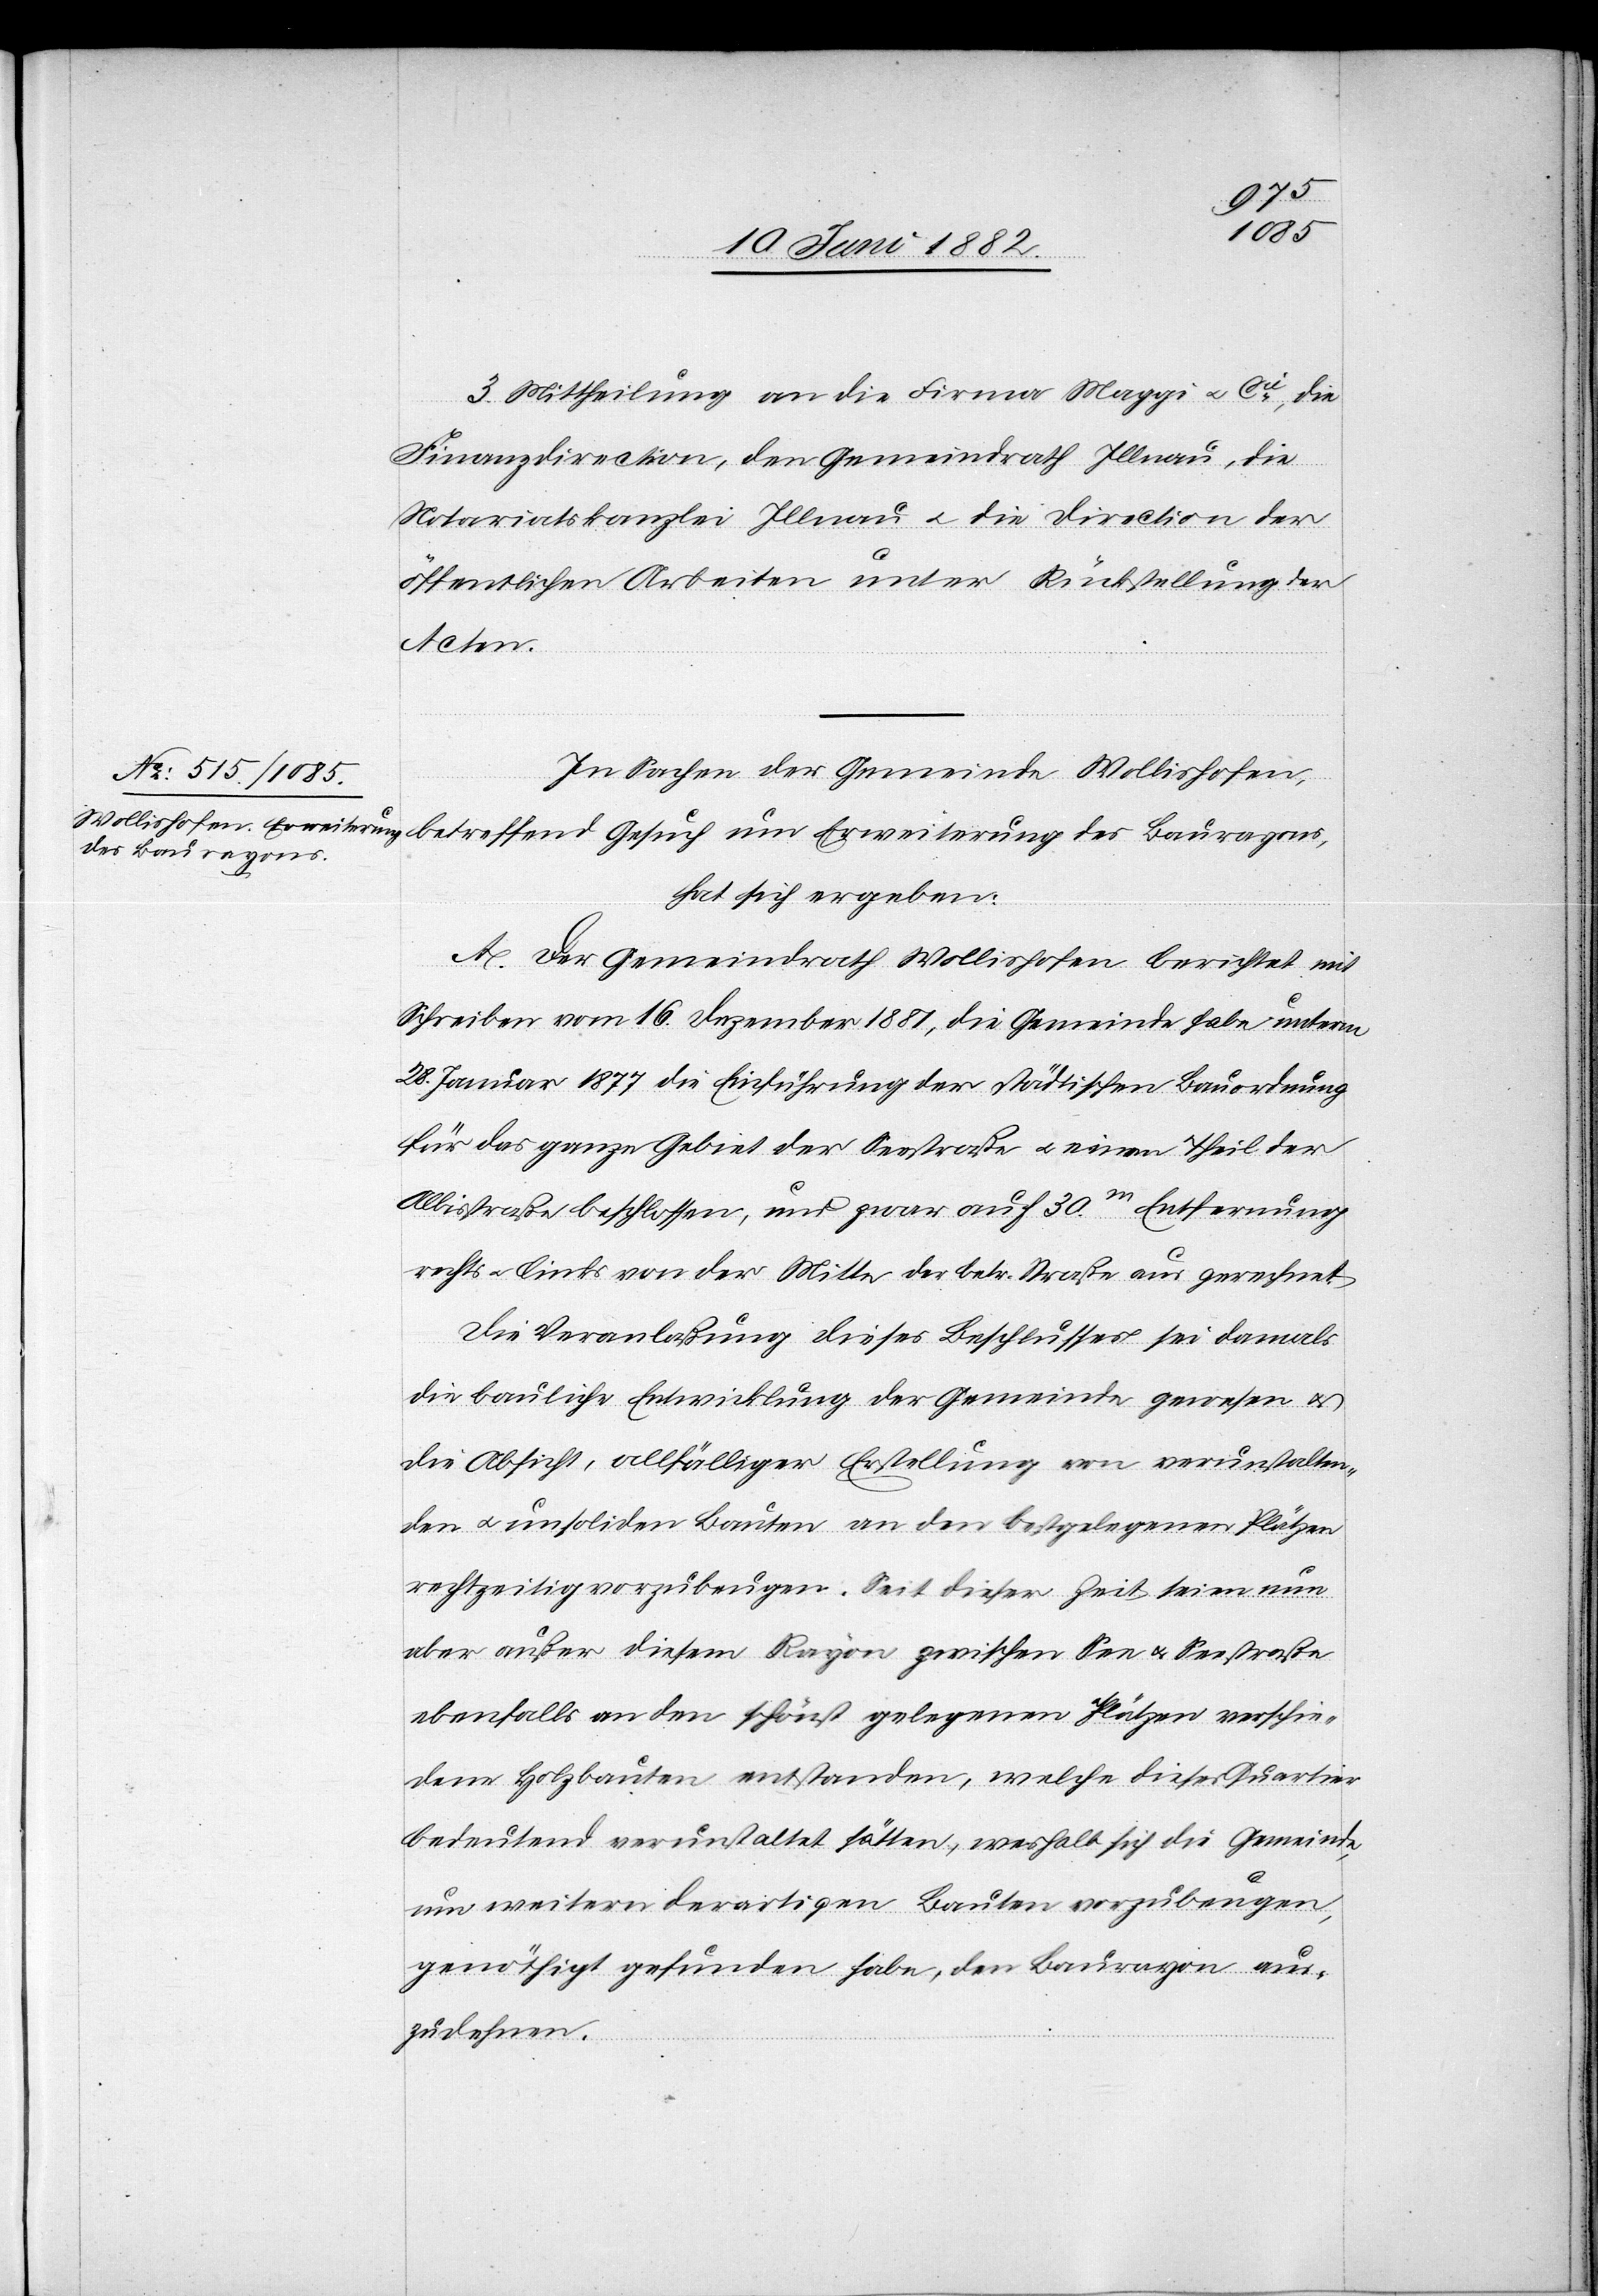
3. Mittheilung an die Firma Maggi u. Cie, die
Finanzdirection, den Gemeindrath Illnau, die
Notariatskanzlei Illnau u. die Direction der
öffentlichen Arbeiten unter Rückstellung der
Acten.
In Sachen der Gemeinde Wollishofen,
des Baurayons,
hat sich ergeben:
A. Der Gemeindrath Wollishofen berichtet mit
Schreiben vom 16. Dezember 1881, die Gemeinde habe unterm
28. Januar 1877 die Einführung der städtischen Bauordnung
für das ganze Gebiet der Seestraße u. einen Theil der
Albisstraße beschlossen, und zwar auf 30m Entfernung
rechts u. links von der Mitte der betr. Straße aus gerechnet.
Die Veranlaßung dieses Beschlusses sei damals
die bauliche Entwicklung der Gemeinde gewesen u.
die Absicht, allfälliger Erstellung von verunstalten¬
den u. unsoliden Bauten an den bestgelegenen Plätzen
rechtzeitig vorzubeugen. Seit dieser Zeit seien nun
aber außer diesem Rayon zwischen See u. Seestraße
ebenfalls an den schönst gelegenen Plätzen verschie¬
dene Holzbauten entstanden, welche dieses Quartier
bedeutend verunstaltet hätten, weshalb sich die Gemeinde,
um weitern derartigen Bauten vorzubeugen,
genöthigt gefunden habe, den Baurayon aus¬
zudehnen.